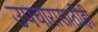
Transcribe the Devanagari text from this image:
उपचारासाठीही